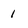
Character: 1